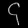
Digit: ၄